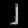
Digit: ၂